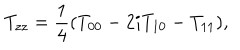
LaTeX: T _ { z z } = \frac { 1 } { 4 } ( T _ { 0 0 } - 2 i T _ { 1 0 } - T _ { 1 1 } ) ,